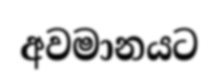
අවමානයට